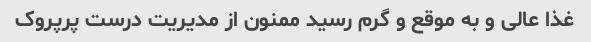
غذا عالی و به موقع و گرم رسید ممنون از مدیریت درست پرپروک